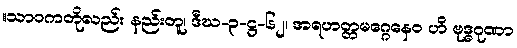
။သာဝကတိုလည်း နည်းတူ၊ ဒီဃ-၃-ဋ္ဌ-၆၂၊ အရဟတ္တမဂ္ဂေနေဝ ဟိ ဗုဒ္ဓဂုဏာ